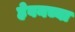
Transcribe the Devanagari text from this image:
हेवनच्या